Report of the King Institute of Preventive Medicine, Guindy
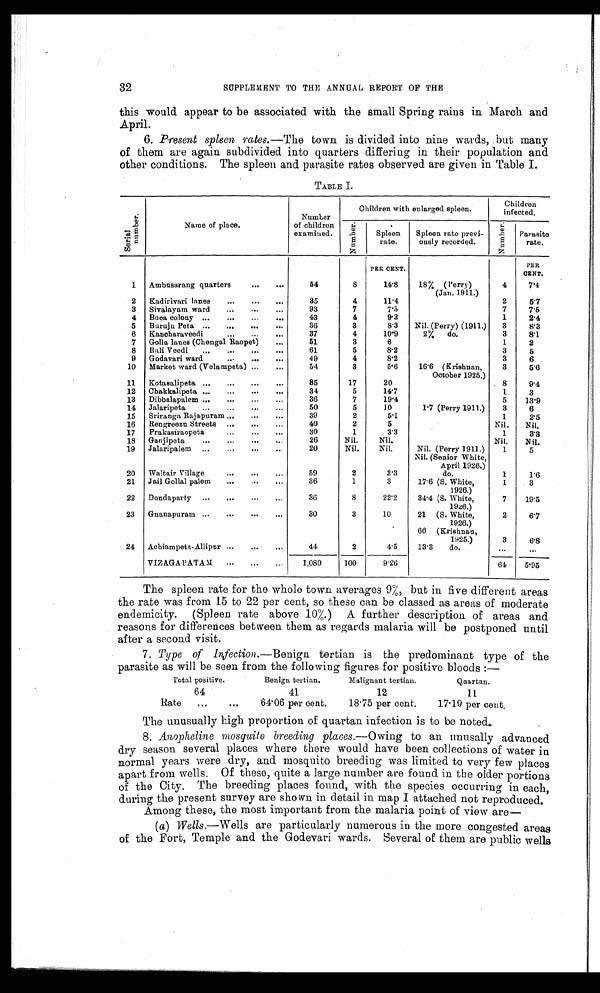
32
SUPPLEMENT TO THE ANNUAL REPORT OF THE
this would appear to be associated with the small Spring rains in March and
April.
6. Present spleen rates. —The town is divided into nine wards, but many
of them are again subdivided into quarters differing in their population and
other conditions. The spleen and parasite rates observed are given in Table I.
TABLE I.
S e r i a l n u mb e r .
Name of place.
Number
of children
examined.
Children with enlarged spleen.
Children
infected.
Numbe r .
Spleen
rate.
Spleen rate previ-
ously recorded.
Numbe r .
Parasite
rate.
PER CENT.
PER
CENT.
1
Ambusarang quarters
...
...
54
8
14.8
18% ( Perry)
(Jan. 1911.)
4
7.4
2
Kadirivari lanes
...
...
...
35
4
11.4
2
5.7
3
Sivalayam ward
...
...
...
93
7
7.5
7
7.5
4 Buca colony ...
...
...
...
43
4
9.3
1
2.4
5
Buruju Peta ...
...
...
...
36
3
8.3
Nil. (Perry) (1911.)
3
8.3
6
Kancharaveedi
37
4
10.9
2%
do.
3
8.1
7 Golla lanes (Chengal Raopet)
...
51
3
6
1
2
8
Bali Veedi
...
...
...
...
61
5
8.2
3
5
9
Godavari ward
...
...
...
49
4
8.2
3
6
10
Market ward (Velampeta) ...
...
54
3
5.6
16.6 (Krishnan,
October 1925.)
3
5.6
11
Kotasalipeta ...
...
...
...
85
17
20
8
9.4
12
Chakkalipeta ...
...
...
...
34
5
14.7
1
3
13
Dibbalapalem ...
...
...
36
7
19.4
5
13.9
14
Jalaripeta
...
...
...
..
50
5
10
1.7 (Perry 1911.)
3
6
15
Sriranga Rajapuram ...
...
...
39
2
5.1
1
2.5
16
Rengreezu Streets ...
...
...
40
2
5
Nil.
Nil.
17
Prakasiraopeta
...
...
....
30
1
3.3
1
3.3
18
Ganjipeta
...
...
...
26
Nil.
Nil.
Nil.
Nil.
19
Jalaripalem ...
...
20
Nil.
Nil.
Nil. (Perry 1911.)
Nil. (Senior White,
April 1926.)
1
5
20
Waltair Village
59
2
3.3
do.
1
1.6
21 Jail Gollal palem
...
...
36
1
3
17.6 (S. White,
1926.)
1
3
22
Dondaparty ...
...
...
...
36
8
22.2
34.4 (S. White,
1926.)
7
19.5
23
Gnanaparam ...
...
...
...
30
3
10
21 (S. White,
1926.)
66 (Krishnan,
1925.)
2
3
6.7
6.8
24 Achiampeta-Allipur ...
...
..
44
2
4.5
13.3
do.
. . .
. . .
VIZAGAPATAM
...
...
...
1,080
100
9.26
64
5.95
The spleen rate for the whole town averages 9%, but in five different areas
the rate was from 15 to 22 per cent, so these can be classed as areas of moderate
endemicity. (Spleen rate above 10%.) A further description of areas and
reasons for differences between them as regards malaria will be postponed until
after a second visit.
7. Type of Infection. —Benign tertian is the predominant type of the
parasite as will be seen from the following figures for positive bloods :—
Total positive.
Benign tertian.
Malignant tertian.
Quartan.
64
41
12
11
Rate
...
.. .
64.06 per cent.
18.75 per cent.
17.19 per cent.
The unusually high proportion of quartan infection is to be noted.
8. Anopheline mosquito breeding places. —Owing to an unusally advanced
dry season several places where there would have been collections of water in
normal years were dry, and mosquito breeding was limited to very few places
apart from wells. Of these, quite a large number are found in the older portions
of the City. The breeding places found, with the species occurring in each,
during the present survey are shown in detail in map I attached not reproduced.
Among these, the most important from the malaria point of view are
—
( a ) W ells. —W ells are particularly numerous in the more congested areas
of the Fort, Temple and the Godevari wards. Several of them are public wells